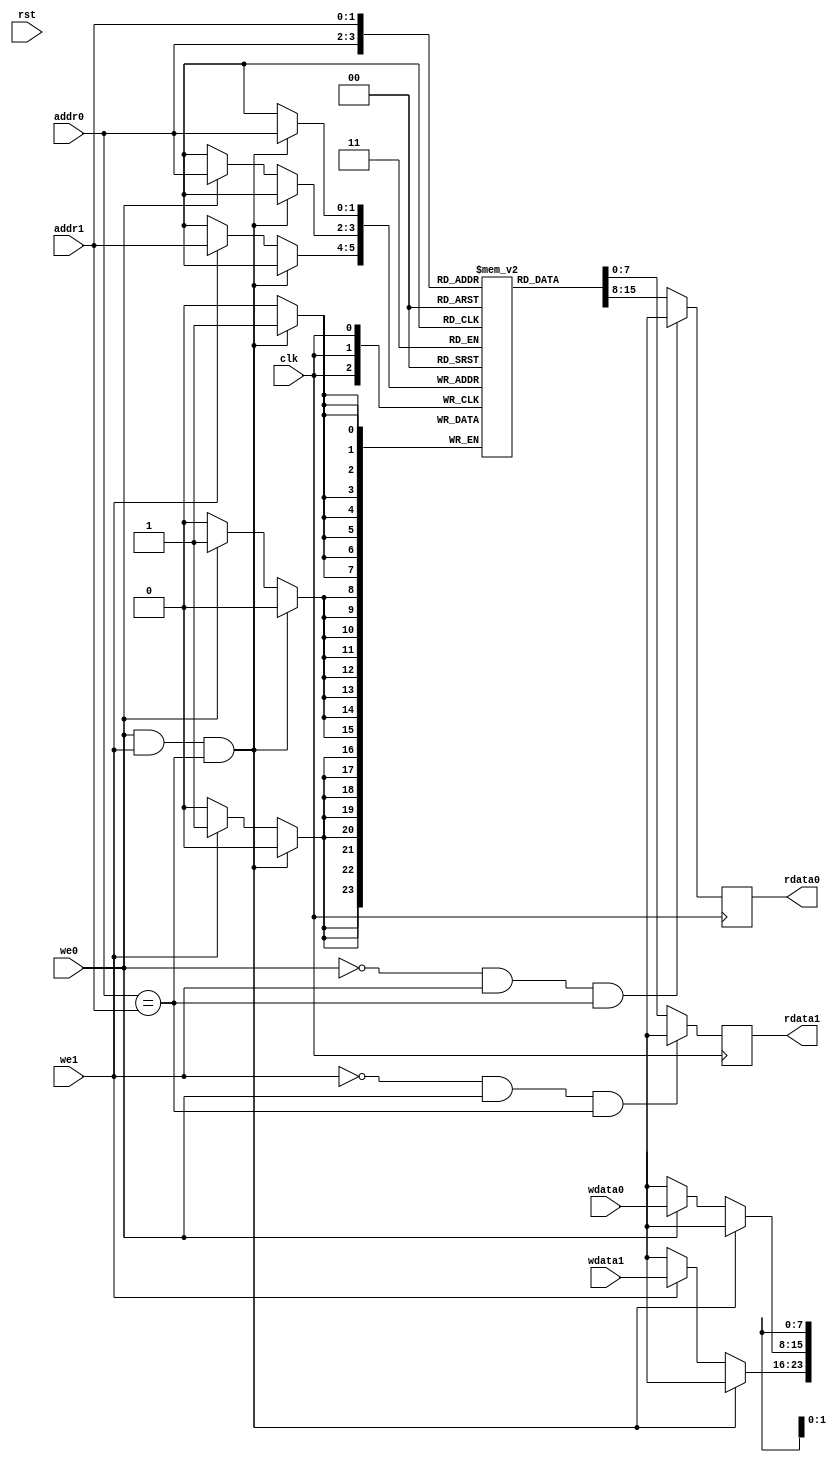
module dual_port_memory(clk, rst, we0, we1, addr0, addr1, wdata0, wdata1, rdata0, rdata1);

   parameter DATA_WIDTH = 8;
   parameter MEM_DEPTH = 2;
   // Representing the number of bits needed in order to access a number of locations
   // Example: 2'b (00,01,10,11) = can access a total of 4 locations
   
   input clk, rst;
   input we0, we1;
   input [MEM_DEPTH-1:0] addr0, addr1;
   input [DATA_WIDTH-1:0] wdata0, wdata1;
   output reg [DATA_WIDTH-1:0] rdata0, rdata1;

   reg [DATA_WIDTH-1:0] memory [0:(1<<MEM_DEPTH)-1]; // 2^N == 1<<N

   // Write data
   always @(posedge clk) begin
      /*
       if (~rst) begin
	 for (int i=0; i<(1<<MEM_DEPTH); i++)
	   memory[i] = 0;
      end
      else 
       */
      if ((we0) & (we1) & (addr0 == addr1)) begin
	 memory[addr0] <= {DATA_WIDTH{1'bx}};
      end
      else begin
	 if (we0) 
	   memory[addr0] <= wdata0;

	 if (we1)
	   memory[addr1] <= wdata1;
      end
   end
  

   // Read
   always @(posedge clk) begin
      // Port 0
      if ((~we0 & we1) & (addr0 == addr1))
	rdata0 = {DATA_WIDTH{1'bx}};
      else
	rdata0 = memory[addr0];

      // Port 1
      if ((~we1 & we0) & (addr0 == addr1))
	rdata1 = {DATA_WIDTH{1'bx}};
      else
	rdata1 = memory[addr1];
   end

endmodule